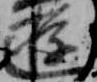
遊